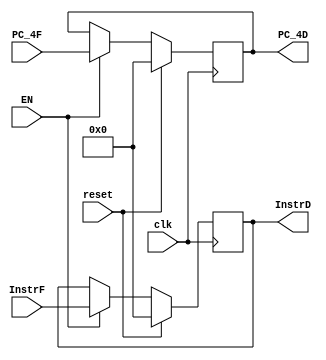
`timescale 1ns / 1ps
//////////////////////////////////////////////////////////////////////////////////
// Company: 
// Engineer: 
// 
// Design Name: 
// Module Name:    F_D_register 
// Project Name: 
// Target Devices: 
// Tool versions: 
// Description: 
//
// Dependencies: 
//
// Revision: 
// Revision 0.01 - File Created
// Additional Comments: 
//
//////////////////////////////////////////////////////////////////////////////////
module F_D_register(
	input clk,
	input reset,
	input EN,
    input [31:0] InstrF,
    input [31:0] PC_4F,
    output reg [31:0] InstrD,
    output reg [31:0] PC_4D
    );
	always@(posedge clk)
		begin
			if(reset)
				begin
					InstrD<=32'b0;
					PC_4D<=32'b0;
				end
			else if(EN==1'b1)
				begin
					InstrD<=InstrF;
					PC_4D<=PC_4F;
				end
		end
endmodule